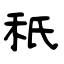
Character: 秖